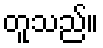
တူသည်။